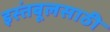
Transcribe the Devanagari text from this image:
इस्तंबूलसाठी